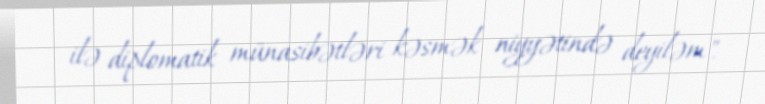
ilə diplomatik münasibətləri kəsmək niyyətində deyiləm".